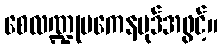
စေလဏ္ဍုပကေနပုဒ်အဖွင့်။